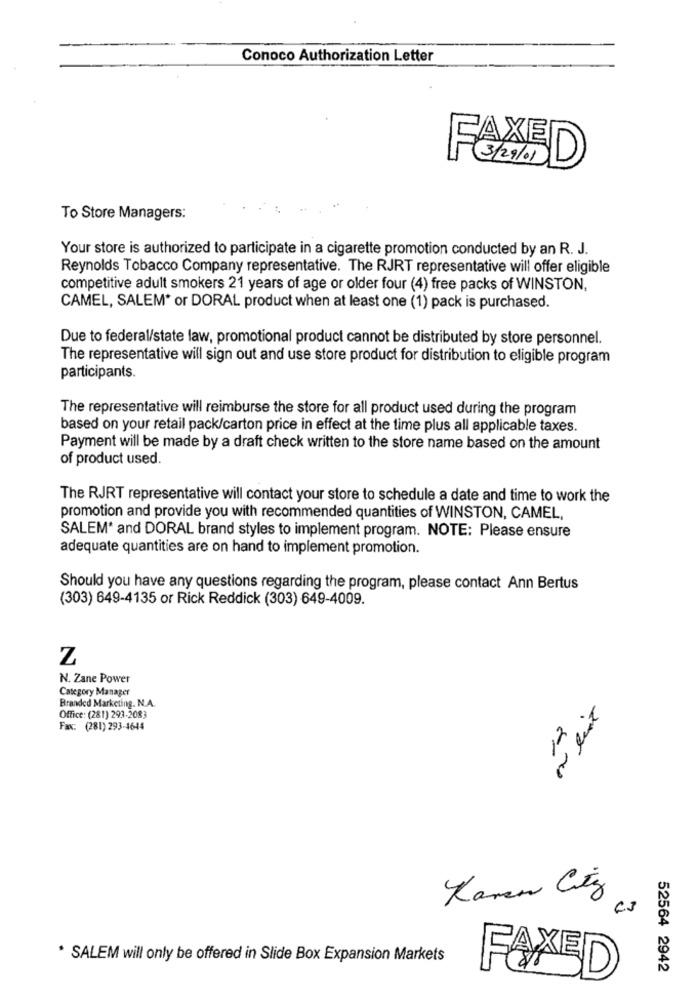
Conoco Authorization Letter
FAXED
To Store Managers:
Your store is authorized to participate in a cigarette promotion conducted by an R. J.
Reynolds Tobacco Company representative. The RJRT representative will offer eligible
competitive adult smokers 21 years of age or older four (4) free packs of WINSTON,
CAMEL, SALEM* or DORAL product when at least one (1) pack is purchased.
Due to federal/state law, promotional product cannot be distributed by store personnel.
The representative will sign out and use store product for distribution to eligible program
participants.
The representative will reimburse the store for all product used during the program
based on your retail pack/carton price in effect at the time plus all applicable taxes.
Payment will be made by a draft check written to the store name based on the amount
of product used.
The RJRT representative will contact your store to schedule a date and time to work the
promotion and provide you with recommended quantities of WINSTON, CAMEL,
SALEM* and DORAL brand styles to implement program. NOTE: Please ensure
adequate quantities are on hand to implement promotion.
Should you have any questions regarding the program, please contact Ann Bertus
(303) 649-4135 or Rick Reddick (303) 649-4009.
Z
N. Zane Power
Category Manager
Branded Marketing. N.A.
Office: (281) 293-2083
Fax: (281) 293-4644
12
* SALEM will only be offered in Slide Box Expansion Markets
52564 2942
FAXED